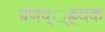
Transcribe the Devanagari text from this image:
ग्रणव््ह्रयक